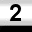
Digit: 2